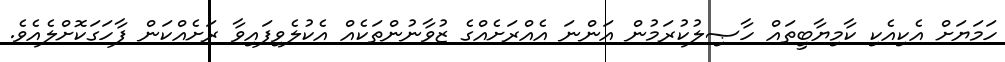
ހަމަޔަށް އެކިއެކި ކާމިޔާބީތައް ހާޞިލުކުރަމުން އަންނަ އެއްރަށެއްގެ ޒުވާނުންތަކެއް އެކުލެވިފައިވާ ރަށެއްކަން ފާހަގަކޮށްލެއެވެ.